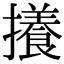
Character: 攁